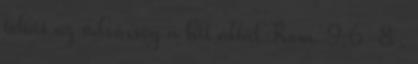
tehát az üdvösség a hit által Róm. 9:6-8 .